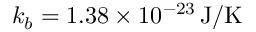
k _ { b } = 1 . 3 8 \times 1 0 ^ { - 2 3 } \, \mathrm { J } / \mathrm { K }